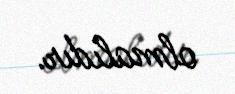
olmalıdır.